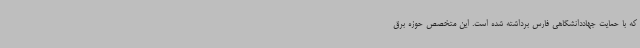
که با حمایت جهاددانشگاهی فارس برداشته شده است. این متخصص حوزه برق